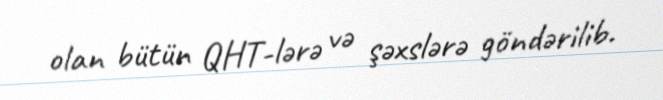
olan bütün QHT-lərə və şəxslərə göndərilib.